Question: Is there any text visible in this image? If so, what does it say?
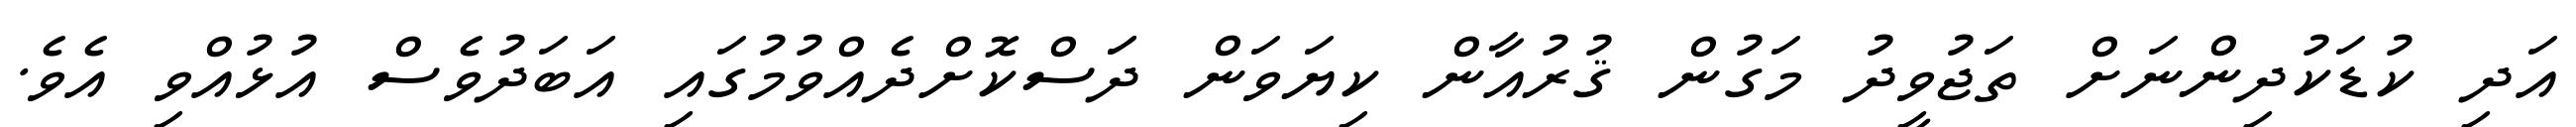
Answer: އަދި ކުޑަކުދިންނަށް ތަޖުވީދު މަގުން ޤުރުއާން ކިޔަވަން ދަަސްކޮށްދެއްވުމުގައި އަބަދުވެސް އުޅުއްވި އެވެ.